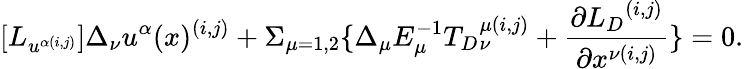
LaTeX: [{L}_{u^{\alpha(i,j)}}]\Delta_{\nu}u^{\alpha}(x)^{(i,j)}+\Sigma_{\mu=1,2}\{ \Delta_{\mu}E_{\mu}^{-1}{{T}_{D}}_{\nu}^{\mu(i,j)}+\frac{\partial{{L}_{D}}^{(i,j)}}{\partial x^{\nu(i,j)}}\} =0.